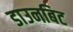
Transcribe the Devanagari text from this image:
डाउनबिट